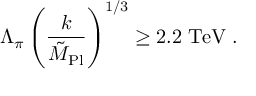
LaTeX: \Lambda _ { \pi } \left( { \frac { k } { \tilde { M } _ { \mathrm { P l } } } } \right) ^ { 1 / 3 } \geq 2 . 2 \; \mathrm { T e V } \; .